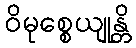
ဝိမုစ္စေယျုန္တိ